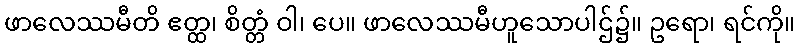
ဖာလေဿမီတိ ဧတ္ထ၊ စိတ္တံ ဝါ၊ ပေ။ ဖာလေဿမီဟူသောပါဌ်၌။ ဥရော၊ ရင်ကို။